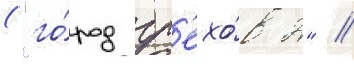
("го́род гр'ехо́в 2" /